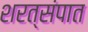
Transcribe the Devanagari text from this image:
शरत्संपात